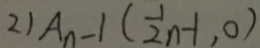
2 ) A _ { n } - 1 ( \frac { 1 } { 2 } n - 1 , 0 )